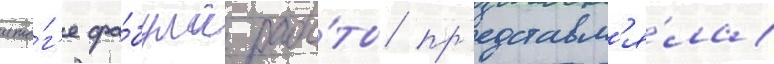
ито́г'е фа́була рабо́ты пр'едставл'я́ла